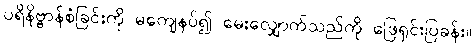
ပရိနိဗ္ဗာန်စံခြင်းကို မကျေနပ်၍ မေးလျှောက်သည်ကို ဖြေရှင်းပြခန်း။